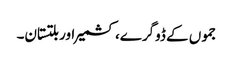
جموں کے ڈوگرے، کشمیر اور بلتستان۔